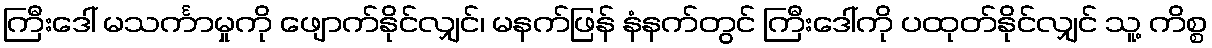
ကြီးဒေါ် မသင်္ကာမှုကို ဖျောက်နိုင်လျှင်၊ မနက်ဖြန် နံနက်တွင် ကြီးဒေါ်ကို ပထုတ်နိုင်လျှင် သူ့ ကိစ္စ